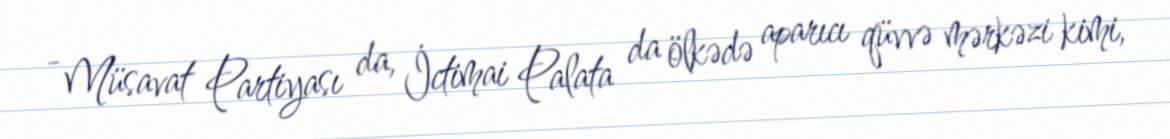
- Müsavat Partiyası da, İctimai Palata da ölkədə aparıcı qüvvə mərkəzi kimi,